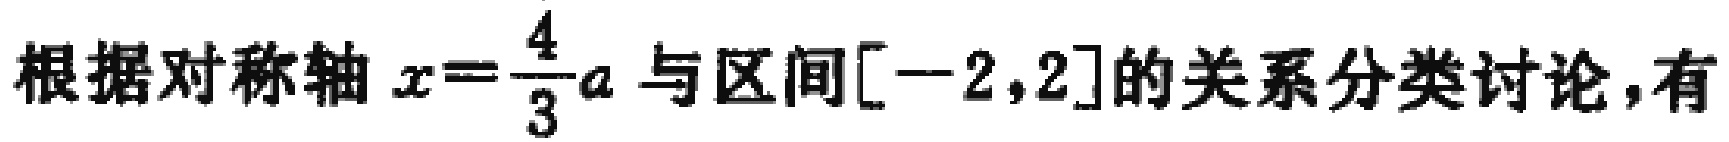
根据对称轴 \(x = \frac{4}{3}a\) 与区间 \([-2,2]\) 的关系分类讨论，有